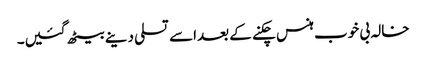
خالہ بی خوب ہنس چکنے کے بعداسے تسلی دینے بیٹھ گئیں۔